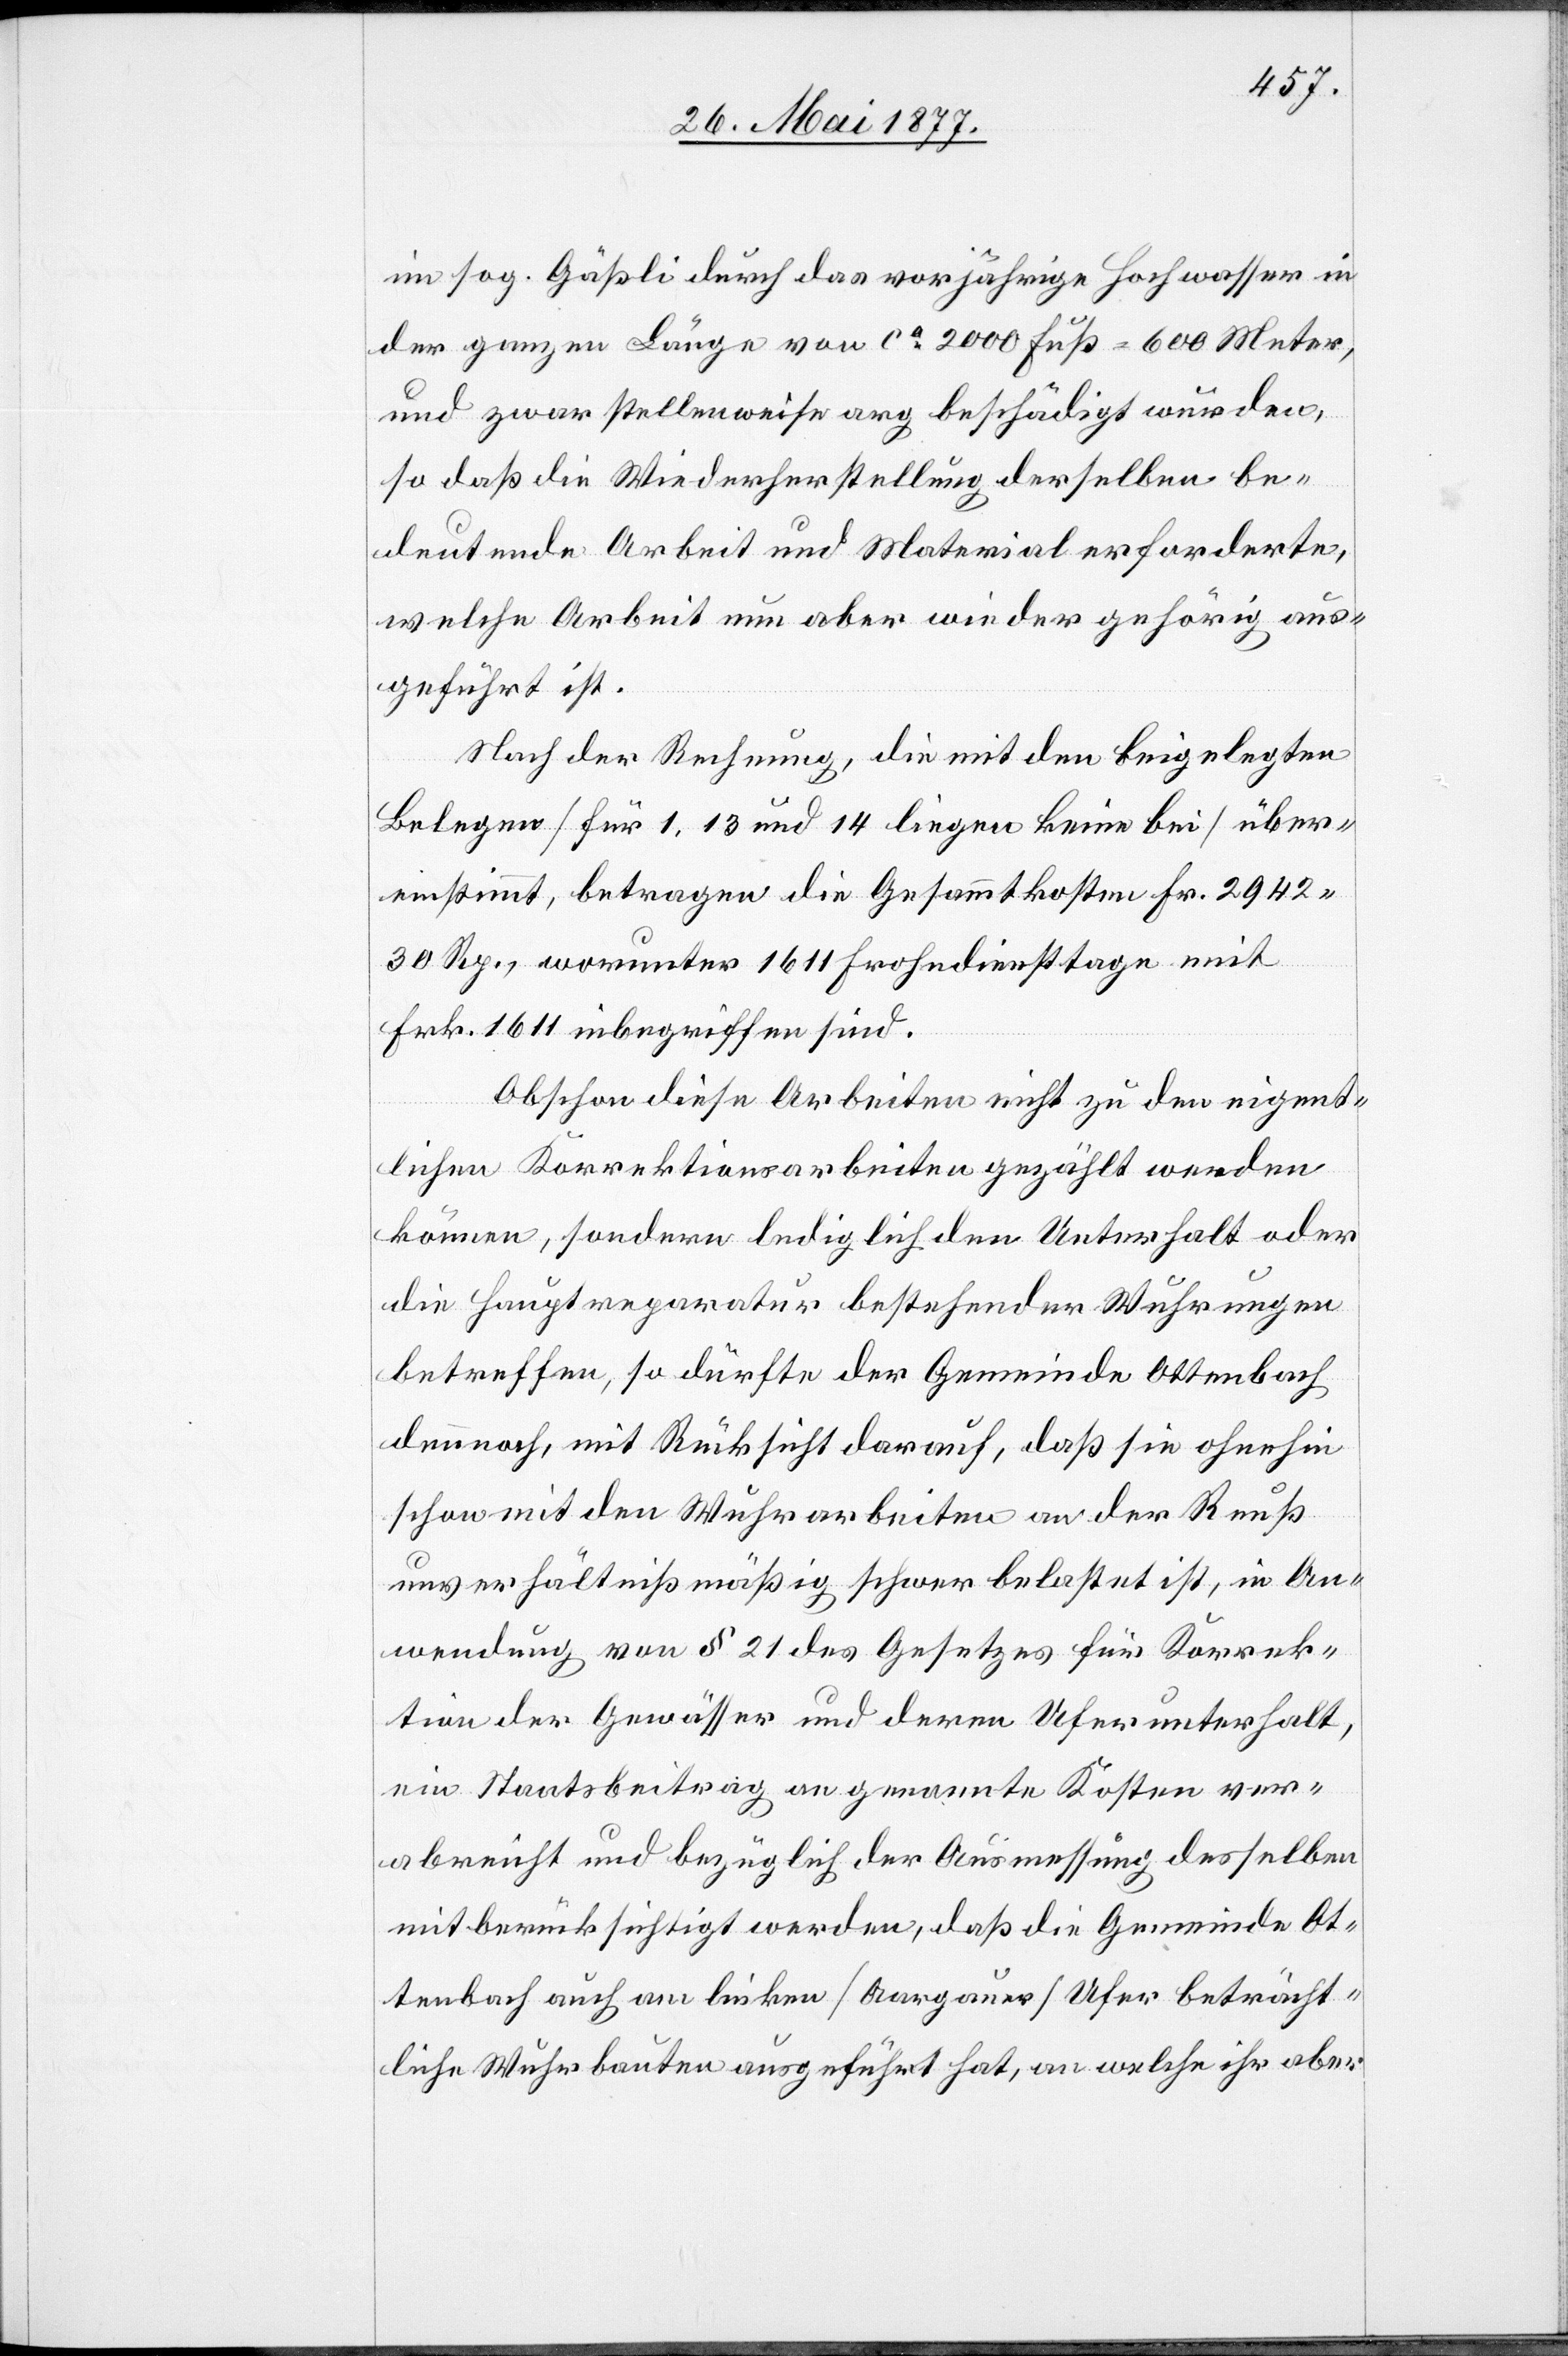
im sog. Gäßli durch das vorjährige Hochwasser in
der ganzen Länge von ca 2000 Fuß = 600 Meter,
und zwar stellenweise arg beschädigt wurden,
so daß die Wiederherstellung derselben be¬
deutende Arbeit und Material erforderte,
welche Arbeit nun aber wieder gehörig aus¬
geführt ist.
Nach der Rechnung, die mit den beigelegten
Belegen [für 1, 13 und 14 liegen keine bei] über¬
einstimmt, betragen die Gesammtkosten Fr. 2942
30 Rp., worunter 1611 Frohndiensttage mit
Frk. 1611 inbegriffen sind.
Obschon diese Arbeiten nicht zu den eigent¬
lichen Korrektionsarbeiten gezählt werden
können, sondern lediglich den Unterhalt oder
die Hauptreparatur bestehender Wuhrungen
betreffen, so dürfte der Gemeinde Ottenbach
dennoch, mit Rücksicht darauf, daß sie ohnehin
schon mit den Wuhrarbeiten an der Reuß
unverhältnißmäßig schwer belastet ist, in An¬
wendung von § 21 des Gesetzes für Korrek¬
tion der Gewässer und deren Unterhalt,
ein Staatsbeitrag an genannte Kosten ver¬
abreicht und bezüglich der Ausmessung desselben
mitberücksichtigt werden, daß die Gemeinde Ot¬
tenbach auch am linken [Aargauer] Ufer beträcht¬
liche Wuhrbauten ausgeführt hat, an welche ihr aber